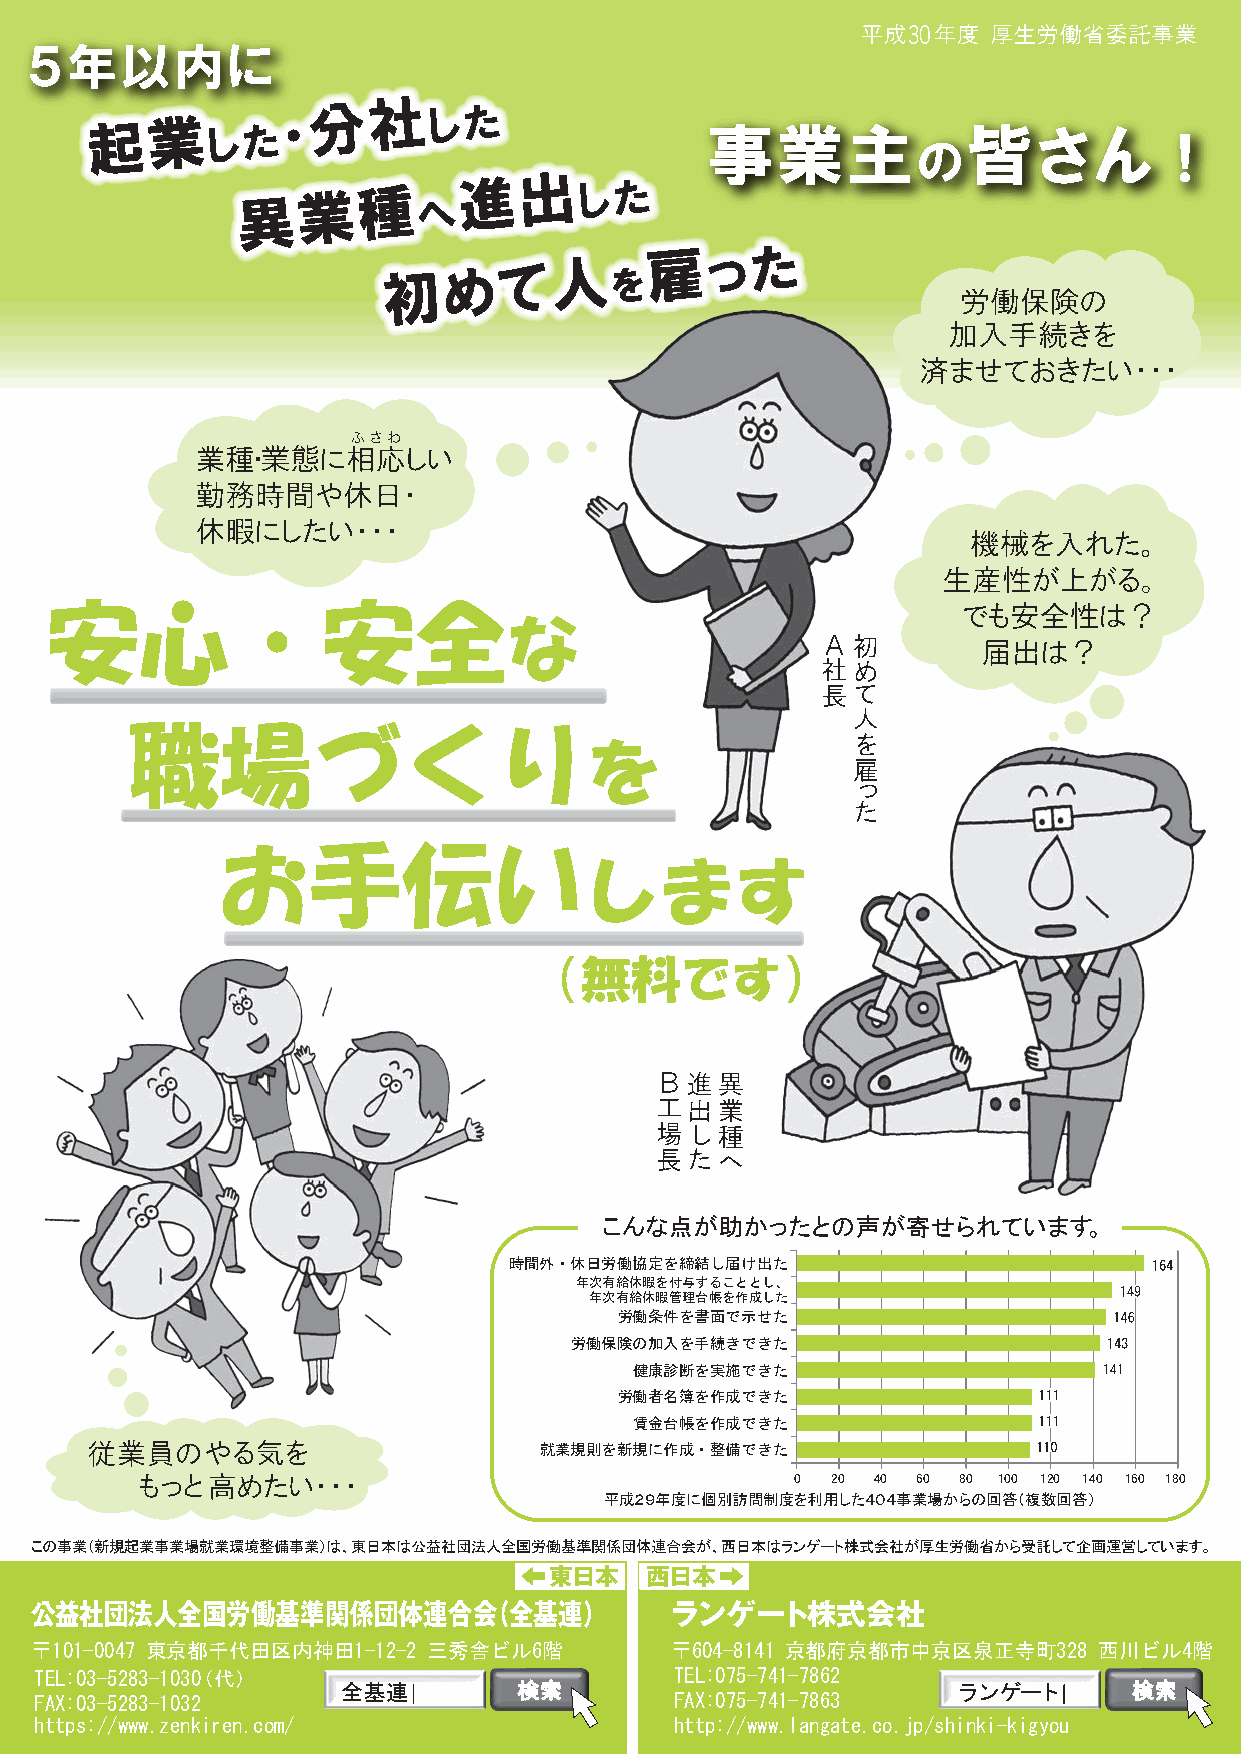
30
 時間外・休日労働協定を締結し届け出た
 年次有給休暇を付与することとし、
 年次有給休暇管理台帳を作成した
 労働条件を書面で示せた
 労働保険の加入を手続きできた
 健康診断を実施できた
 労働者名簿を作成できた
 賃金台帳を作成できた
 就業規則を新規に作成・整備できた
 0 20 40 60 80 100 120 140 160 180
 平成２９年度に個別訪問制度を利用した４０４事業場からの回答（複数回答）
 この事業（新規起業事業場就業環境整備事業）は、東日本は公益社団法人全国労働基準関係団体連合会が、西日本はランゲート株式会社が厚生労働省から受託して企画運営しています。
 東日本    西日本
 公益社団法人全国労働基準関係団体連合会（全基連）                  ランゲート株式会社
 〒101-0047 東京都千代田区内神田1-12-2 三秀舎ビル6階        〒604-8141 京都府京都市中京区泉正寺町328   西川ビル4階
 TEL:03-5283-1030（代）                        TEL:075-741-7862
 ランゲート
 FAX:03-5283-1032                           FAX:075-741-7863
 https://www.zenkiren.com/                  http://www.langate.co.jp/shinki-kigyou